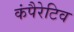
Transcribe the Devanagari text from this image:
कंपैरेटिव